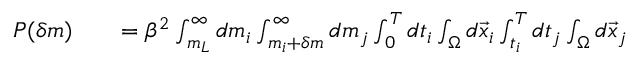
\begin{array} { r l r } { P ( \delta m ) } & { { } } & { = \beta ^ { 2 } \int _ { m _ { L } } ^ { \infty } d m _ { i } \int _ { m _ { i } + \delta m } ^ { \infty } d m _ { j } \int _ { 0 } ^ { T } d t _ { i } \int _ { \Omega } d \vec { x } _ { i } \int _ { t _ { i } } ^ { T } d t _ { j } \int _ { \Omega } d \vec { x } _ { j } } \end{array}